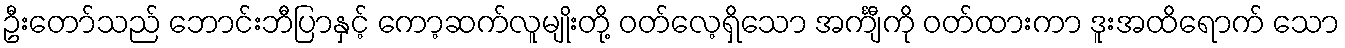
ဦးတော်သည် ဘောင်းဘီပြာနှင့် ကော့ဆက်လူမျိုးတို့ ဝတ်လေ့ရှိသော အင်္ကျီကို ဝတ်ထားကာ ဒူးအထိရောက် သော